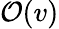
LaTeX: \mathcal{O}(v)